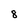
Character: 8